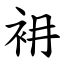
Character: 衻